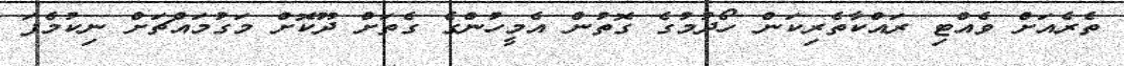
ތެރެއަށް ވެއްޓި ރައްކާތެރިކަން ހޯދުމުގެ ގޮތުން އެމީހުންގެ ގެތަށް ދޫކޮށް މަގުމައްޗަށް ނިކުމެފަ